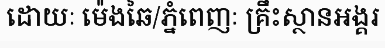
ដោយៈ ម៉េងឆៃ/ភ្នំពេញៈ គ្រឹះស្ថានអង្គរ